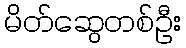
မိတ်ဆွေတစ်ဦး